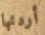
أردتها